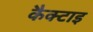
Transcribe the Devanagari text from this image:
कैक्टाइ